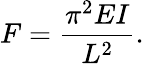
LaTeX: F={\frac{\pi^{2}EI}{L^{2}}}.